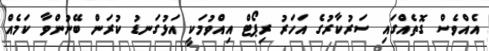
އެއްވެސް ގޮތެއްގައި ސަރުކާރުގެ އަހަރު ރިޕޯޓް އިއްވުމަކީ އަޅުގަނޑު ކުރަން ބޭނުންވާ ކަމެއް